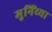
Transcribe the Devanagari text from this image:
मुनिंच्या